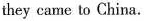
they came to China.